Leaving Certificate Examination, 1925
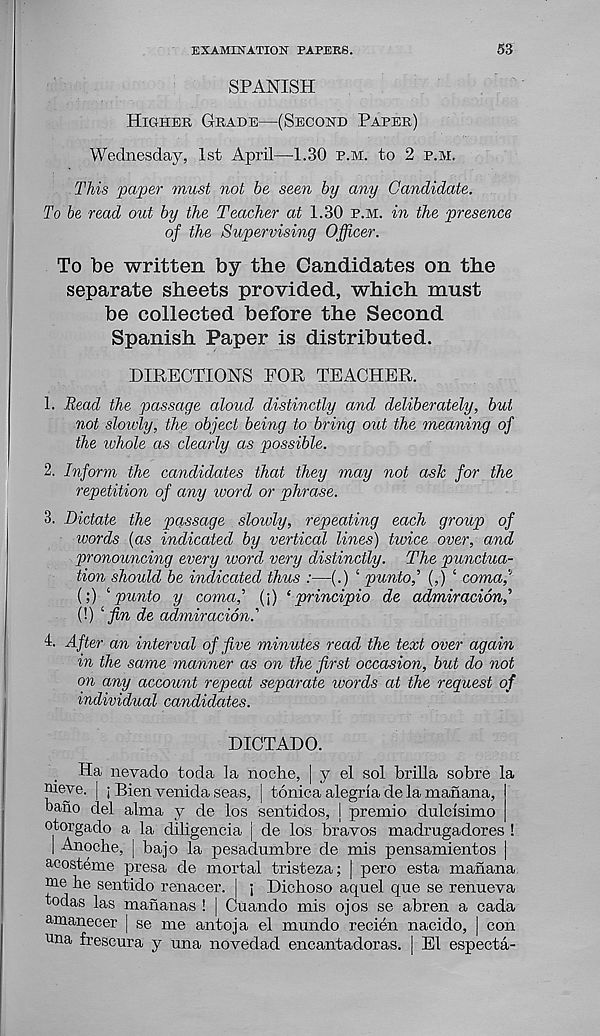
EXAMINATION PAPERS.
53
SPANISH
Higher Grade—(Second Paper)
Wednesday, 1st April—1.80 p.m. to 2 p.m.
This paper must not be seen by any Candidate.
To be read out by the Teacher at 1.30 p.m. in the presence
of the Supervising Officer.
To be written by the Candidates on the
separate sheets provided, which must
be collected before the Second
Spanish Paper is distributed.
DIRECTIONS FOR TEACHER.
1. Read the passage aloud distinctly and deliberately, but
not slowly, the object being to bring out the meaning of
the whole as clearly as possible.
2. Inform the candidates that they may not ask for the
repetition of any word or phrase.
3. Dictate the passage slowly, repeating each group of
words (as indicated by vertical lines) twice over, and
pronouncing every word very distinctly. The punctua-
tion should be indicated thus :—(.) 4 puntof (,) 4 comaf
(;) 4 punto y coma,' (\) ‘principle de admiracionf
(!) 4 fin de admiracion.'
1. After an interval of five minutes read the text over again
in the same manner as on the first occasion, but do not
on any account repeat separate ivords at the request of
individual candidates.
DICTADO.
Ha nevado toda la noche, | y el sol brilla sobre la
nieye. | ; Bien venida seas, | tonica alegria de la manana,
bano del alma y de los sentidos, j premio dulclsimo
otorgado a la diligencia j de los bravos madrugadores !
I Anoche, | bajo la pesadumbre de mis pensamientos |
acosteme presa de mortal tristeza; | pero esta manana
oie he sentido renacer. | ; Dichoso aquel que se renueva
todas las mananas ! | Cuando mis ojos se abren a cada
amanecer | se me antoja el mundo recien nacido, | con
una frescura y una novedad encantadoras. | El especta-